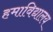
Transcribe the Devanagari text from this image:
हमाविद्यालय